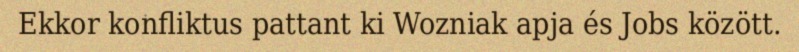
Ekkor konfliktus pattant ki Wozniak apja és Jobs között.